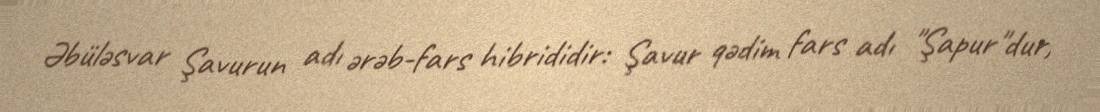
Əbüləsvar Şavurun adı ərəb-fars hibrididir: Şavur qədim fars adı "Şapur"dur,